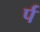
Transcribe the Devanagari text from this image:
र्प